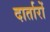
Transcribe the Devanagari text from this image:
दार्तारों